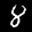
Label: 8